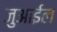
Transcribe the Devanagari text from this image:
जुआईल